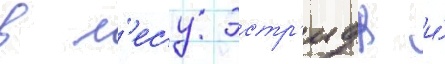
в л'есу эстр'идж и́